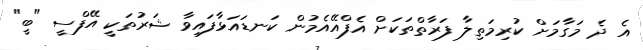
އެ ދެ މަގާމަށް ކުރިމަތިލާ ފަރާތްތަކަށް އެފްއޭއެމުން ކަނޑައަޅާފައިވާ ޝަރުތަކީ އޭފްސީ "ބީ"